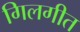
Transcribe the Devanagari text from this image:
गिलगीत